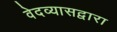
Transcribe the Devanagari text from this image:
वेदव्यासद्वारा